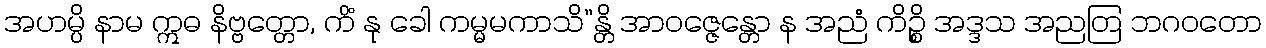
အဟမ္ပိ နာမ ဣဓ နိဗ္ဗတ္တော, ကိံ နု ခေါ ကမ္မမကာသိ”န္တိ အာဝဇ္ဇေန္တော န အညံ ကိဉ္စိ အဒ္ဒသ အညတြ ဘဂဝတော